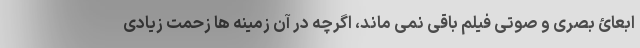
ابعائ بصری و صوتی فیلم باقی نمی ماند، اگرچه در آن زمینه ها زحمت زیادی